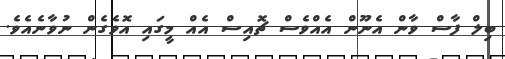
ބިލް ފާސް ވާން އެނޫން އެއްވެސް ޗޮއިސް އެއް މީގައި އޮވެގެން ނުވާނެއެވެ.